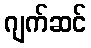
ဂျက်ဆင်